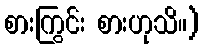
စားကြွင်း စားဟုသိ။)